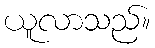
ယူလာသည်။